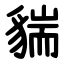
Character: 貒